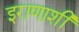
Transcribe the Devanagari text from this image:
इराणाशी